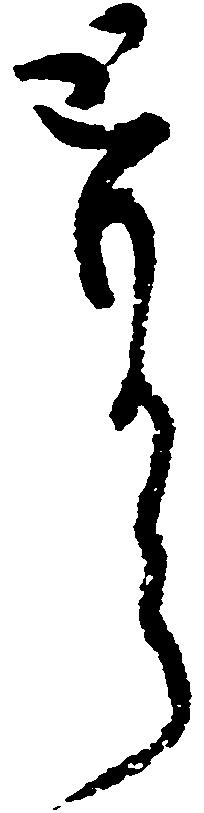
輩